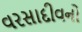
વરસાદીવનો